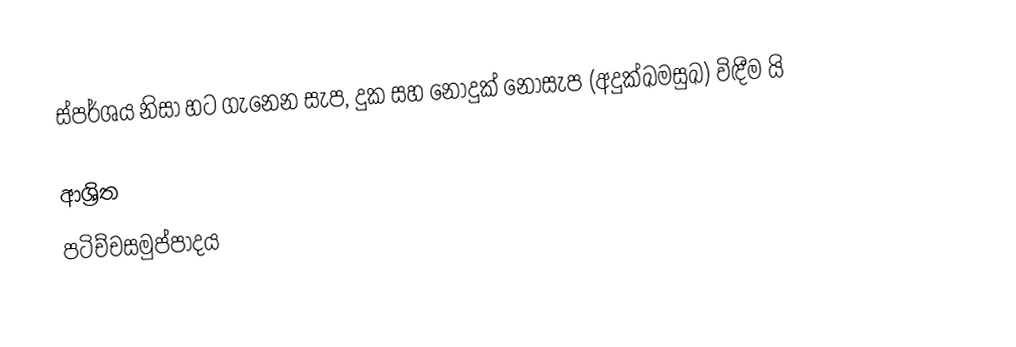
ස්පර්ශය නිසා හට ගැනෙන සැප, දුක සහ නොදුක් නොසැප (අදුක්ඛමසුඛ) විඳීම යි

ආශ්‍රිත
 පටිච්චසමුප්පාදය